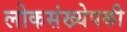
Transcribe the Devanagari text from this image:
लोकसंख्येपकी